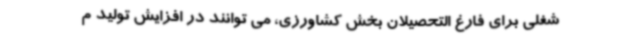
شغلی برای فارغ التحصیلان بخش کشاورزی، می توانند در افزایش تولید م